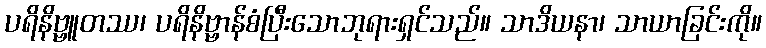
ပရိနိဗ္ဗူတဿ၊ ပရိနိဗ္ဗာန်စံပြီးသောဘုရားရှင်သည်။ သာဒိယနာ၊ သာယာခြင်းကို။